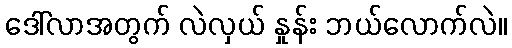
ဒေါ်လာအတွက် လဲလှယ် နှုန်း ဘယ်လောက်လဲ။